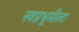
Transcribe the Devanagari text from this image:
स्वप्नभूमीला